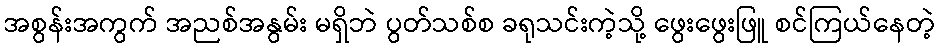
အစွန်းအကွက် အညစ်အနွမ်း မရှိဘဲ ပွတ်သစ်စ ခရုသင်းကဲ့သို့ ဖွေးဖွေးဖြူ စင်ကြယ်နေတဲ့